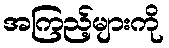
အကြည့်များကို